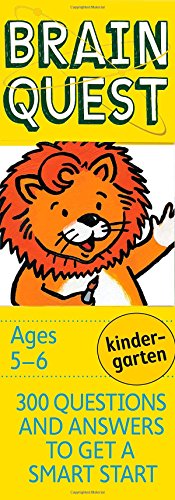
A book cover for Brain Quest Kindergarten, revised 4th edition: 300 Questions and Answers to Get a Smart Start; Chris Welles Feder; Children's Books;